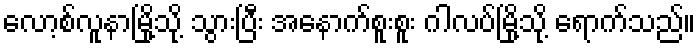
လော့စ်လူနာမြို့သို့ သွားပြီး အနောက်စူးစူး ဂါလပ်မြို့သို့ ရောက်သည်။